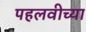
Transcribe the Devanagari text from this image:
पहलवीच्या